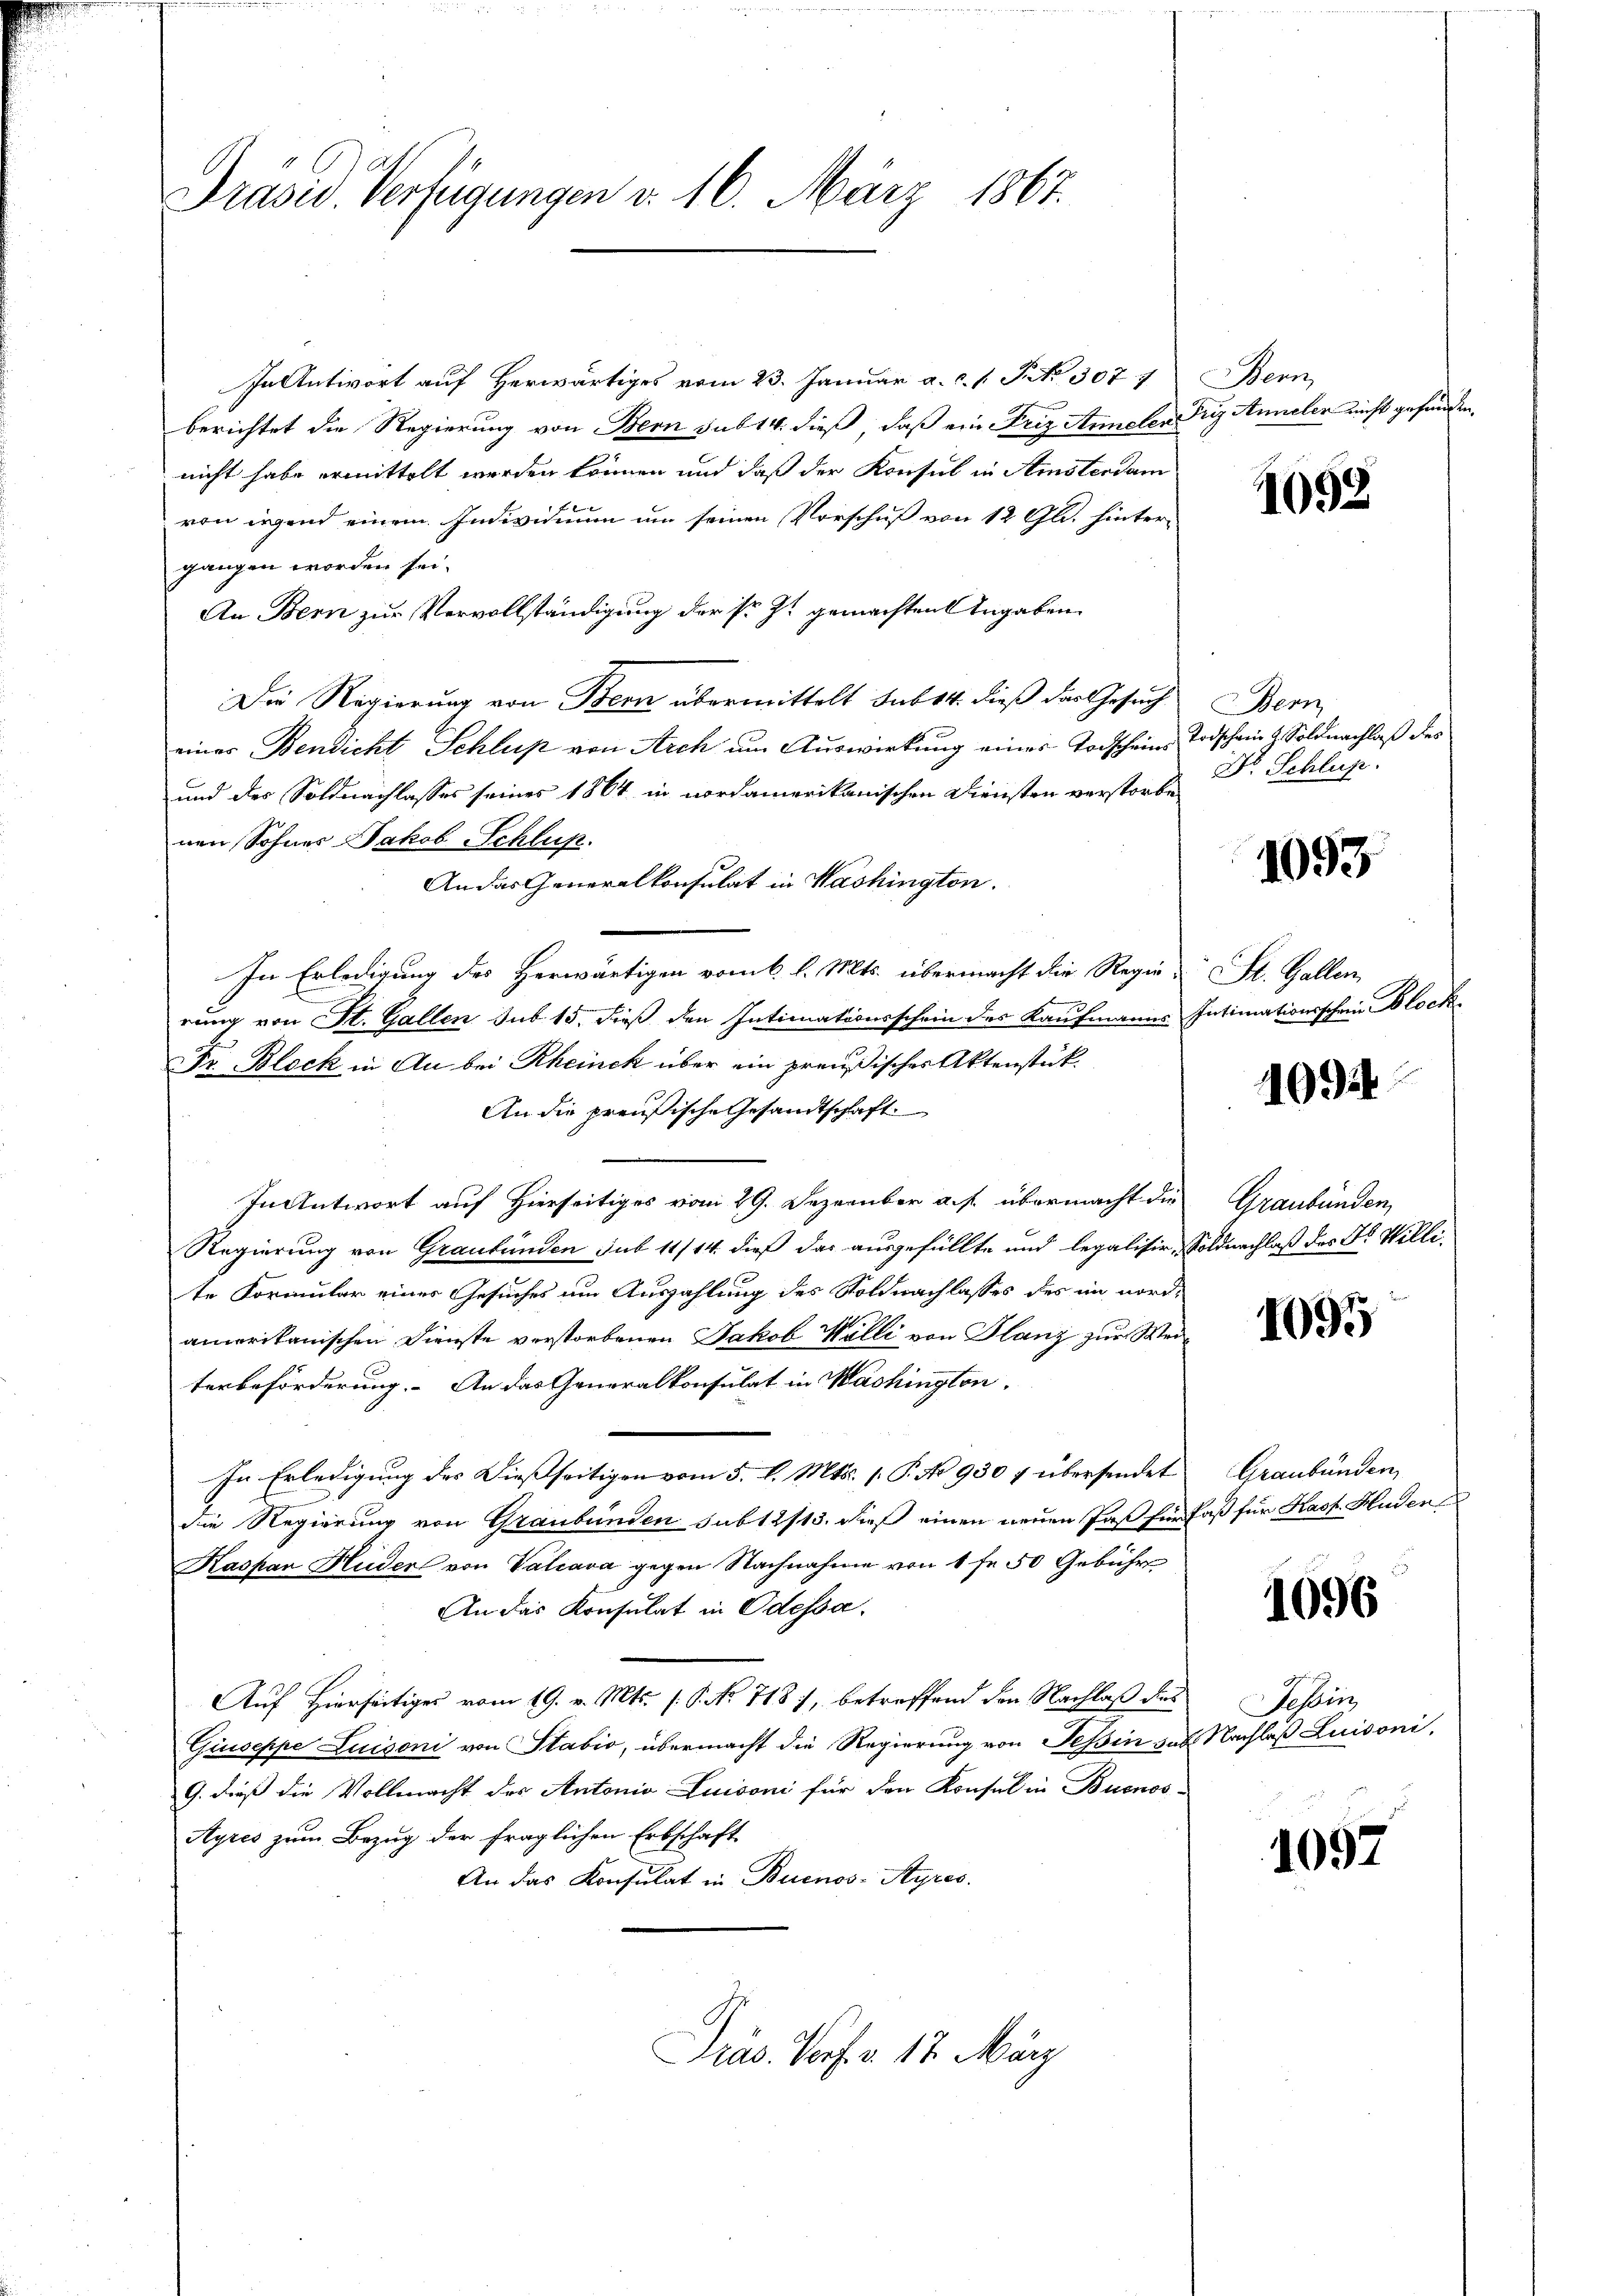
Präsid. Verfügungen d. 16. März 1867.

In Antwort auf herwärtiges vom 23. Januar a. c. s. S. 307 7 Bern,
berichtet die Regierung von Bern sub 14. dieß, daß ein Friz Annelen dry Annelen nicht gefunden.
nicht habe ermittelt werden können und daß der Konsul in Amsterdam
von irgend einem Individium um seinen Vorschuß von 12 Gl. hintergangen worden sei.
An Bern zur Vervollständigung der sr. Z. gemachten Angaben
Die Regierung von Bern übermittelt sub 14. dieß das Gesuch
einer Bendicht Schluß von Arch um Auswirkung eines Todscheins Todschein & Soldnachlaß des
und des Soldnachlasses seines 1864 in nordamerikanischen Diensten verstorbe
nen Sohnes Jakob Schluß.
In Erledigung des Herwärtigen vom 6. l. Mts. übermacht die Regier- St. Gallen,
rung von St. Gallen sub 15. dieß den Intimationsschein des Kaufmanns Intimationsschen Block
Dr. Bleck in An bei Rheinek über ein preußisches Aktenstük¬
An die preußische Gesandtschaft
In Antwort auf Hierseitiges vom 29. Dezember a. p. übermacht die
Regierung von Graubünden sub 11/14. dieß das ausgefüllte und legalisir, Soldnachlaß des Fr. Willite Formular eines Gesuches um Auszahlung des Soldnachlasses des im nordamerikanischen Dienste verstorbenen Jakob Walli von Glanz zur Weiterbeförderung. An das Generalkonsulat in Washington,
In Erledigung des Dießseitigen vom 5. l. Mts. 1. P. No 930 f übersendet
die Regierung von Graubünden sub 12/13. dieß einen neuen Paß für Faß für Kasp. Huden
Kaspar Huder von Valcava gegen Nachnahme von 4 fr 50 Gebühr
An das Konsulat in Odessa.
Auf Hierseitiges vom 19. v. Mts. (T. No 718), betreffend den Nachlaß des
Giuseppe Luisoni von Stabio, übermacht die Regierung von Tessin gube
G. dieß die Vollmacht des Antonio Luisoni für den Konsul in Buenos-
Ayres zum Bezug der fraglichen Erbschaft
An das Konsulat in Buenos-Ayres.
Präs. Vorf a. 17. März

An das Generalkonsulat in Washington.

1092

Bern
Dr. Schluß.

1093

1092

Graubünden,

1095

Graubünden,

1096

Febin
Nachlaß Luisoni.

1097